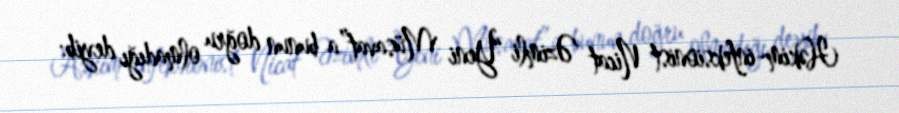
Həkim-infeksionist Nicat Əzimli “Yeni Müsavat”a bunun doğru olmadığı deyib: